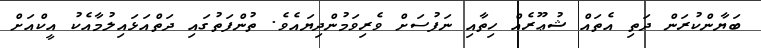
ބަޔާންކުރަން ދަތި އެތައް ޝުޢޫރެއް ހިތާއި ނަފުސަށް ވެރިވަމުންދިޔައެވެ. ތުންފަތުގައި ދަތްއަޅައިލުމާއެކު އީކްއަށް